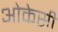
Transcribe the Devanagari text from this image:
ओकेसी